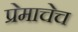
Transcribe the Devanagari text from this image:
प्रेमाचेच